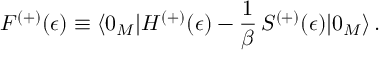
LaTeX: { \cal F } ^ { ( + ) } ( \epsilon ) \equiv \langle 0 _ { M } | H ^ { ( + ) } ( \epsilon ) - \frac { 1 } { \beta } \, S ^ { ( + ) } ( \epsilon ) | 0 _ { M } \rangle \, { . }